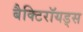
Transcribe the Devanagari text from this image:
बैक्टिरॉयड्स